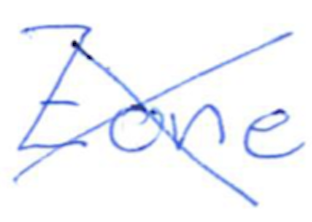
Text: Zone
Cross-out: cross
Writing tool: ballpoint